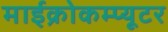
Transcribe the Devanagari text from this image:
माईक्रोकम्प्यूटर